Reports on military cantonments and civil stations in the Presidency of Bombay inspected by the Sanitary Commissioner in the years 1875 and 1876
Year: 1875
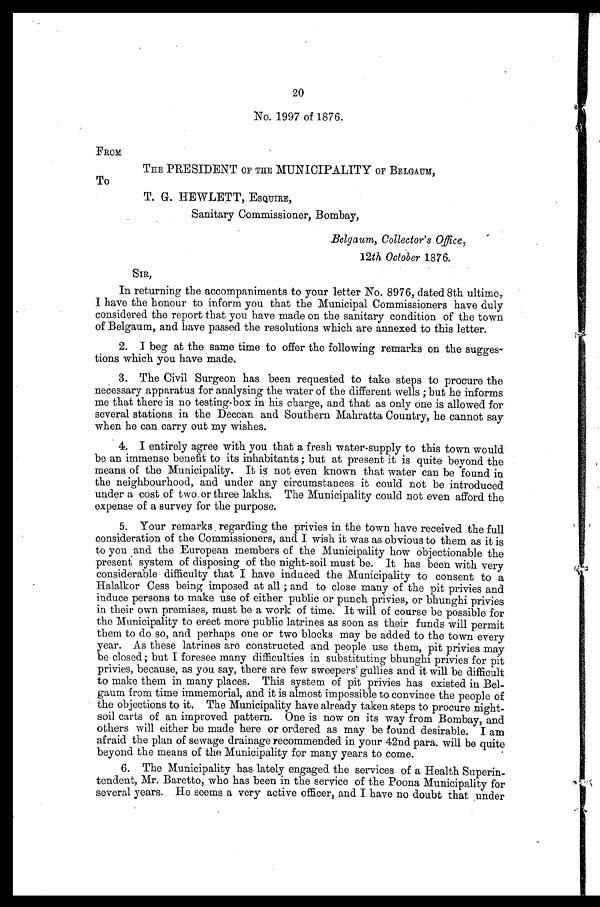
20
No. 1997 of 1876.
FROM
THE PRESIDENT OF THE MUNICIPALITY OF BELGAUM,
To
T. G. HEWLETT, ESQUIRE,
Sanitary Commissioner, Bombay,
Belgaum, Collector's Office,
12th October 1876.
SIR,
In returning the accompaniments to your letter No. 8976, dated 8th ultimo,
I have the honour to inform you that the Municipal Commissioners have duly
considered the report that you have made on the sanitary condition of the town
of Belgaum, and have passed the resolutions which are annexed to this letter.
2. I beg at the same time to offer the following remarks on the sugges--
tions which you have made.
3. The Civil Surgeon has been requested to take steps to procure the
necessary apparatus for analysing the water of the different wells ; but he informs
me that there is no testing-box in his charge, and that as only one is allowed for
several stations in the Deccan and Southern Mahratta Country, he cannot say
when he can carry out my wishes.
4. I entirely agree with you that a fresh water-supply to this town would
be an immense benefit to its inhabitants ; but at present it is quite beyond the
means of the Municipality. It is not even known that water can be found in
the neighbourhood, and under any circumstances it could not be introduced
under a cost of two or three lakhs. The Municipality could not even afford the
expense of a survey for the purpose.
5. Your remarks regarding the privies in the town have received the full
consideration of the Commissioners, and I wish it was as obvious to them as it is
to you and the European members of the Municipality how objectionable the
present system of disposing of the night-soil must be. It has been with very
considerable difficulty that I have induced the Municipality to consent to a
Halalkor Cess being imposed at all ; and to close many of the pit privies and
induce persons to make use of either public or punch privies, or bhunghi privies
in their own premises, must be a work of time. It will of course be possible for
the Municipality to erect more public latrines as soon as their funds will permit
them to do so, and perhaps one or two blocks may be added to the town every
year. As these latrines are constructed and people use them, pit privies may
be closed ; but I foresee many difficulties in substituting bhunghi privies for pit
privies, because, as you say, there are few sweepers' gullies and it will be difficult
to make them in many places. This system of pit privies has existed in Bel-
-gaum from time immemorial, and it is almost impossible to convince the people of
the objections to it, The Municipality have already taken steps to procure night-
soil carts of an improved pattern. One is now on its way from Bombay, and
others will either be made here or ordered as may be found desirable. I am
afraid the plan of sewage drainage recommended in your 42nd para will be quite
beyond the means of the Municipality for many years to come.
6. The Municipality has lately engaged the services of a Health Superin--
tendent, Mr. Baretto, who has been in the service of the Poona Municipality for
several years. He seems a very active officer, and I have no doubt that under